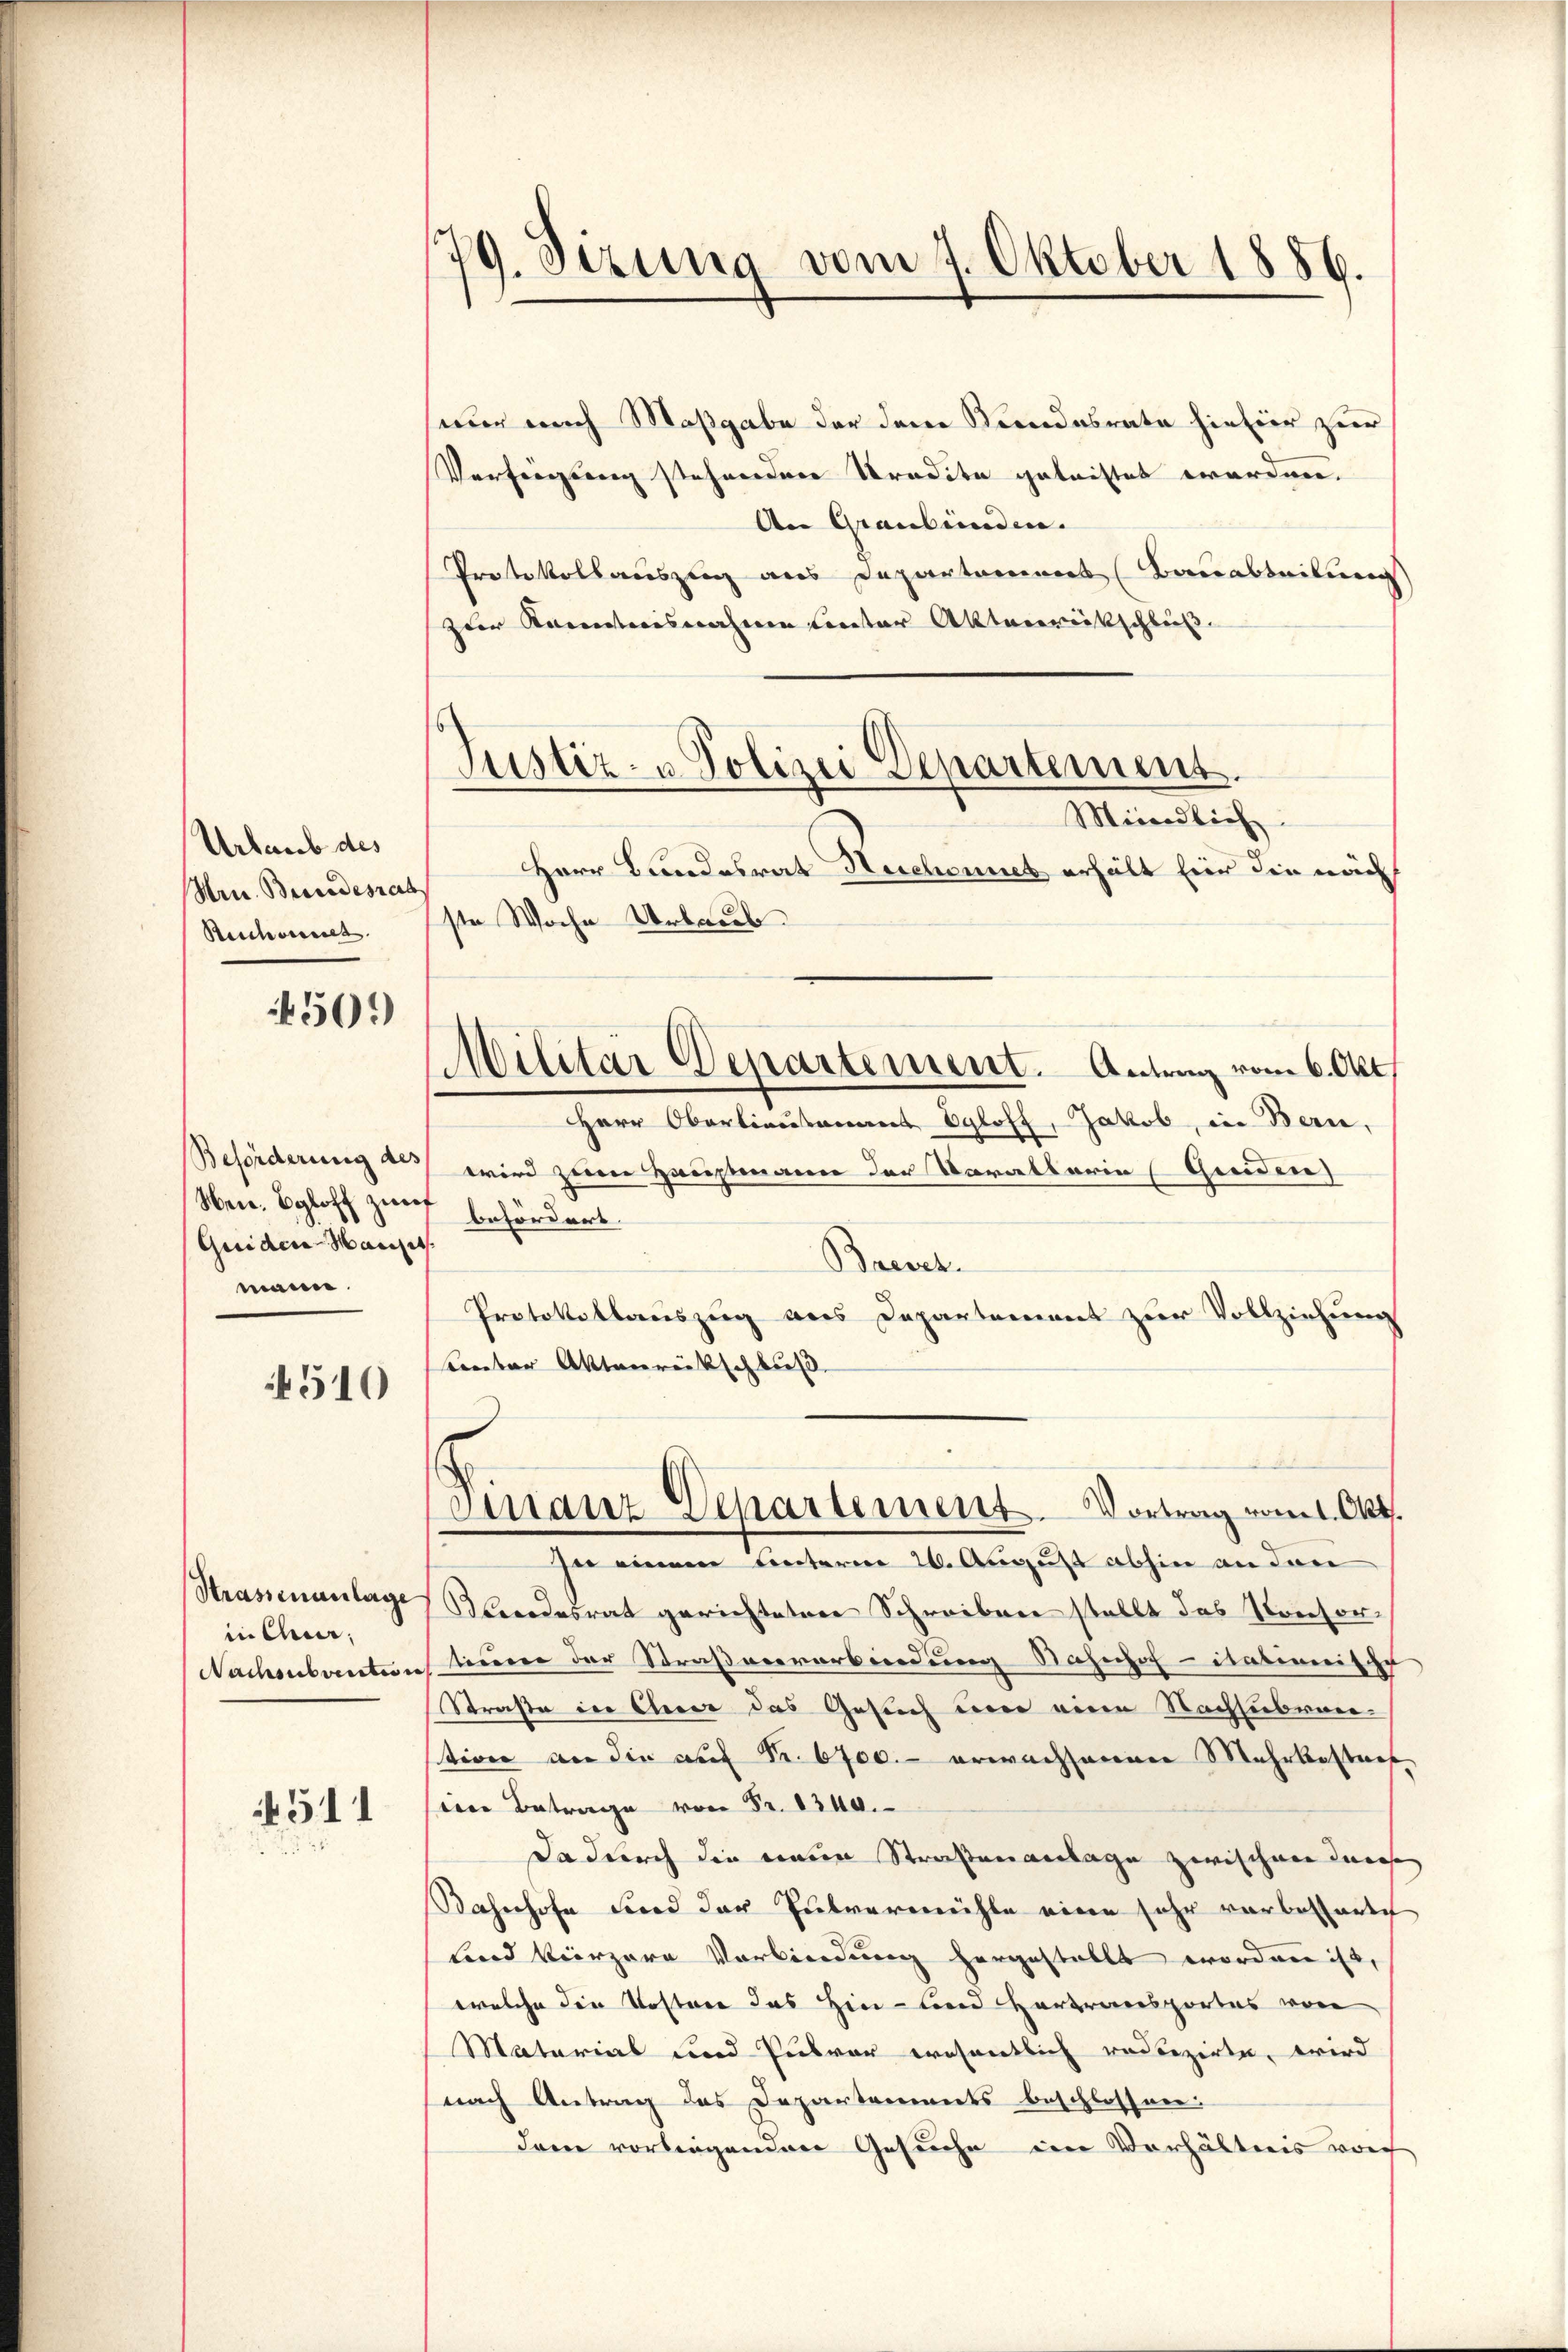
Urlaub des
Hrn. Bundesrats
Reichnet.

509)

Beförderung des
Nen. Egloff zurf befördert.
Quiden Mariet
mann.

510

Strassenanlage
in Quer.

4511

nur nach Maßgabe der dene Kindesrate hinhier zur
Verfügung stehender Tradite geleistet worden.
An Graubünden.
Protokollauszug aus Departamens (Bauabteilung
zur Kenntnisnahmen inter Aktenrückschluß

179. Sizung vom 7. Oktober 1886.

Justiz- u Polizei Departement.
Meiendlich

Anton Aktenrückschluß

Herr Bundesrat Hechennet erhält für die nach
ste Woche Urlaub
Herr Obertiausammt Egloff, Jakob, in Bern,
wird zum Hauptmann der Vorallerin Greiden
Barver
Protokollauszug aus Departement zur Vollziehung
see einem Linterm 20. August abhin an dari
Blondesrat gerichteten Schreiben stellt das Persor¬
Nachenbaution Sinnere der Straßvererbindung Nahnhof - itatimitie
Straße in Euer das Gesuch und eine Nachsubvention an die auf Fr. 6700.- erwachsangen Mehrkostner
ein Betrage von Fr. 8340.
Da durch die neue Straßenanlage zwischen Can¬
Bahnhofe und der Pulvermühle eine sehr vorbessartet
Lind kürzere Verbindung hergestellt worden ist,
welche die Kosten das Hin- und Hartransportes von
Matarial und Pulver wesentlich reduzirte, wird
nach Antrag des Departements beschlossen.
dem vorliegenden Gesuche im Verhältnis vorh

Militär Departement. Antrag vom 6. Okt.

Finanz-Departement. Vortrag vom 1. Okt.